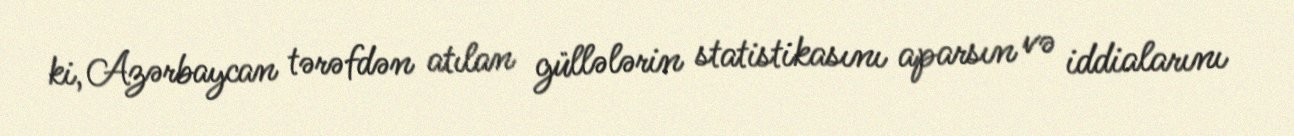
ki, Azərbaycan tərəfdən atılan güllələrin statistikasını aparsın və iddialarını